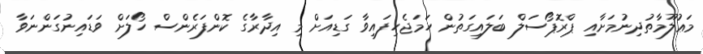
މަޢުލޫމާތުދިނުމަށާއި ޕްރޮޕޯސަލް ބަލައިގަތުން ހަމަޖެހިފައިވާ ގަޑިއަށް މި އިދާރާގެ ކޮންފަރެންސް ހޯލަށް ވަޑައިނުގަންނަވާ